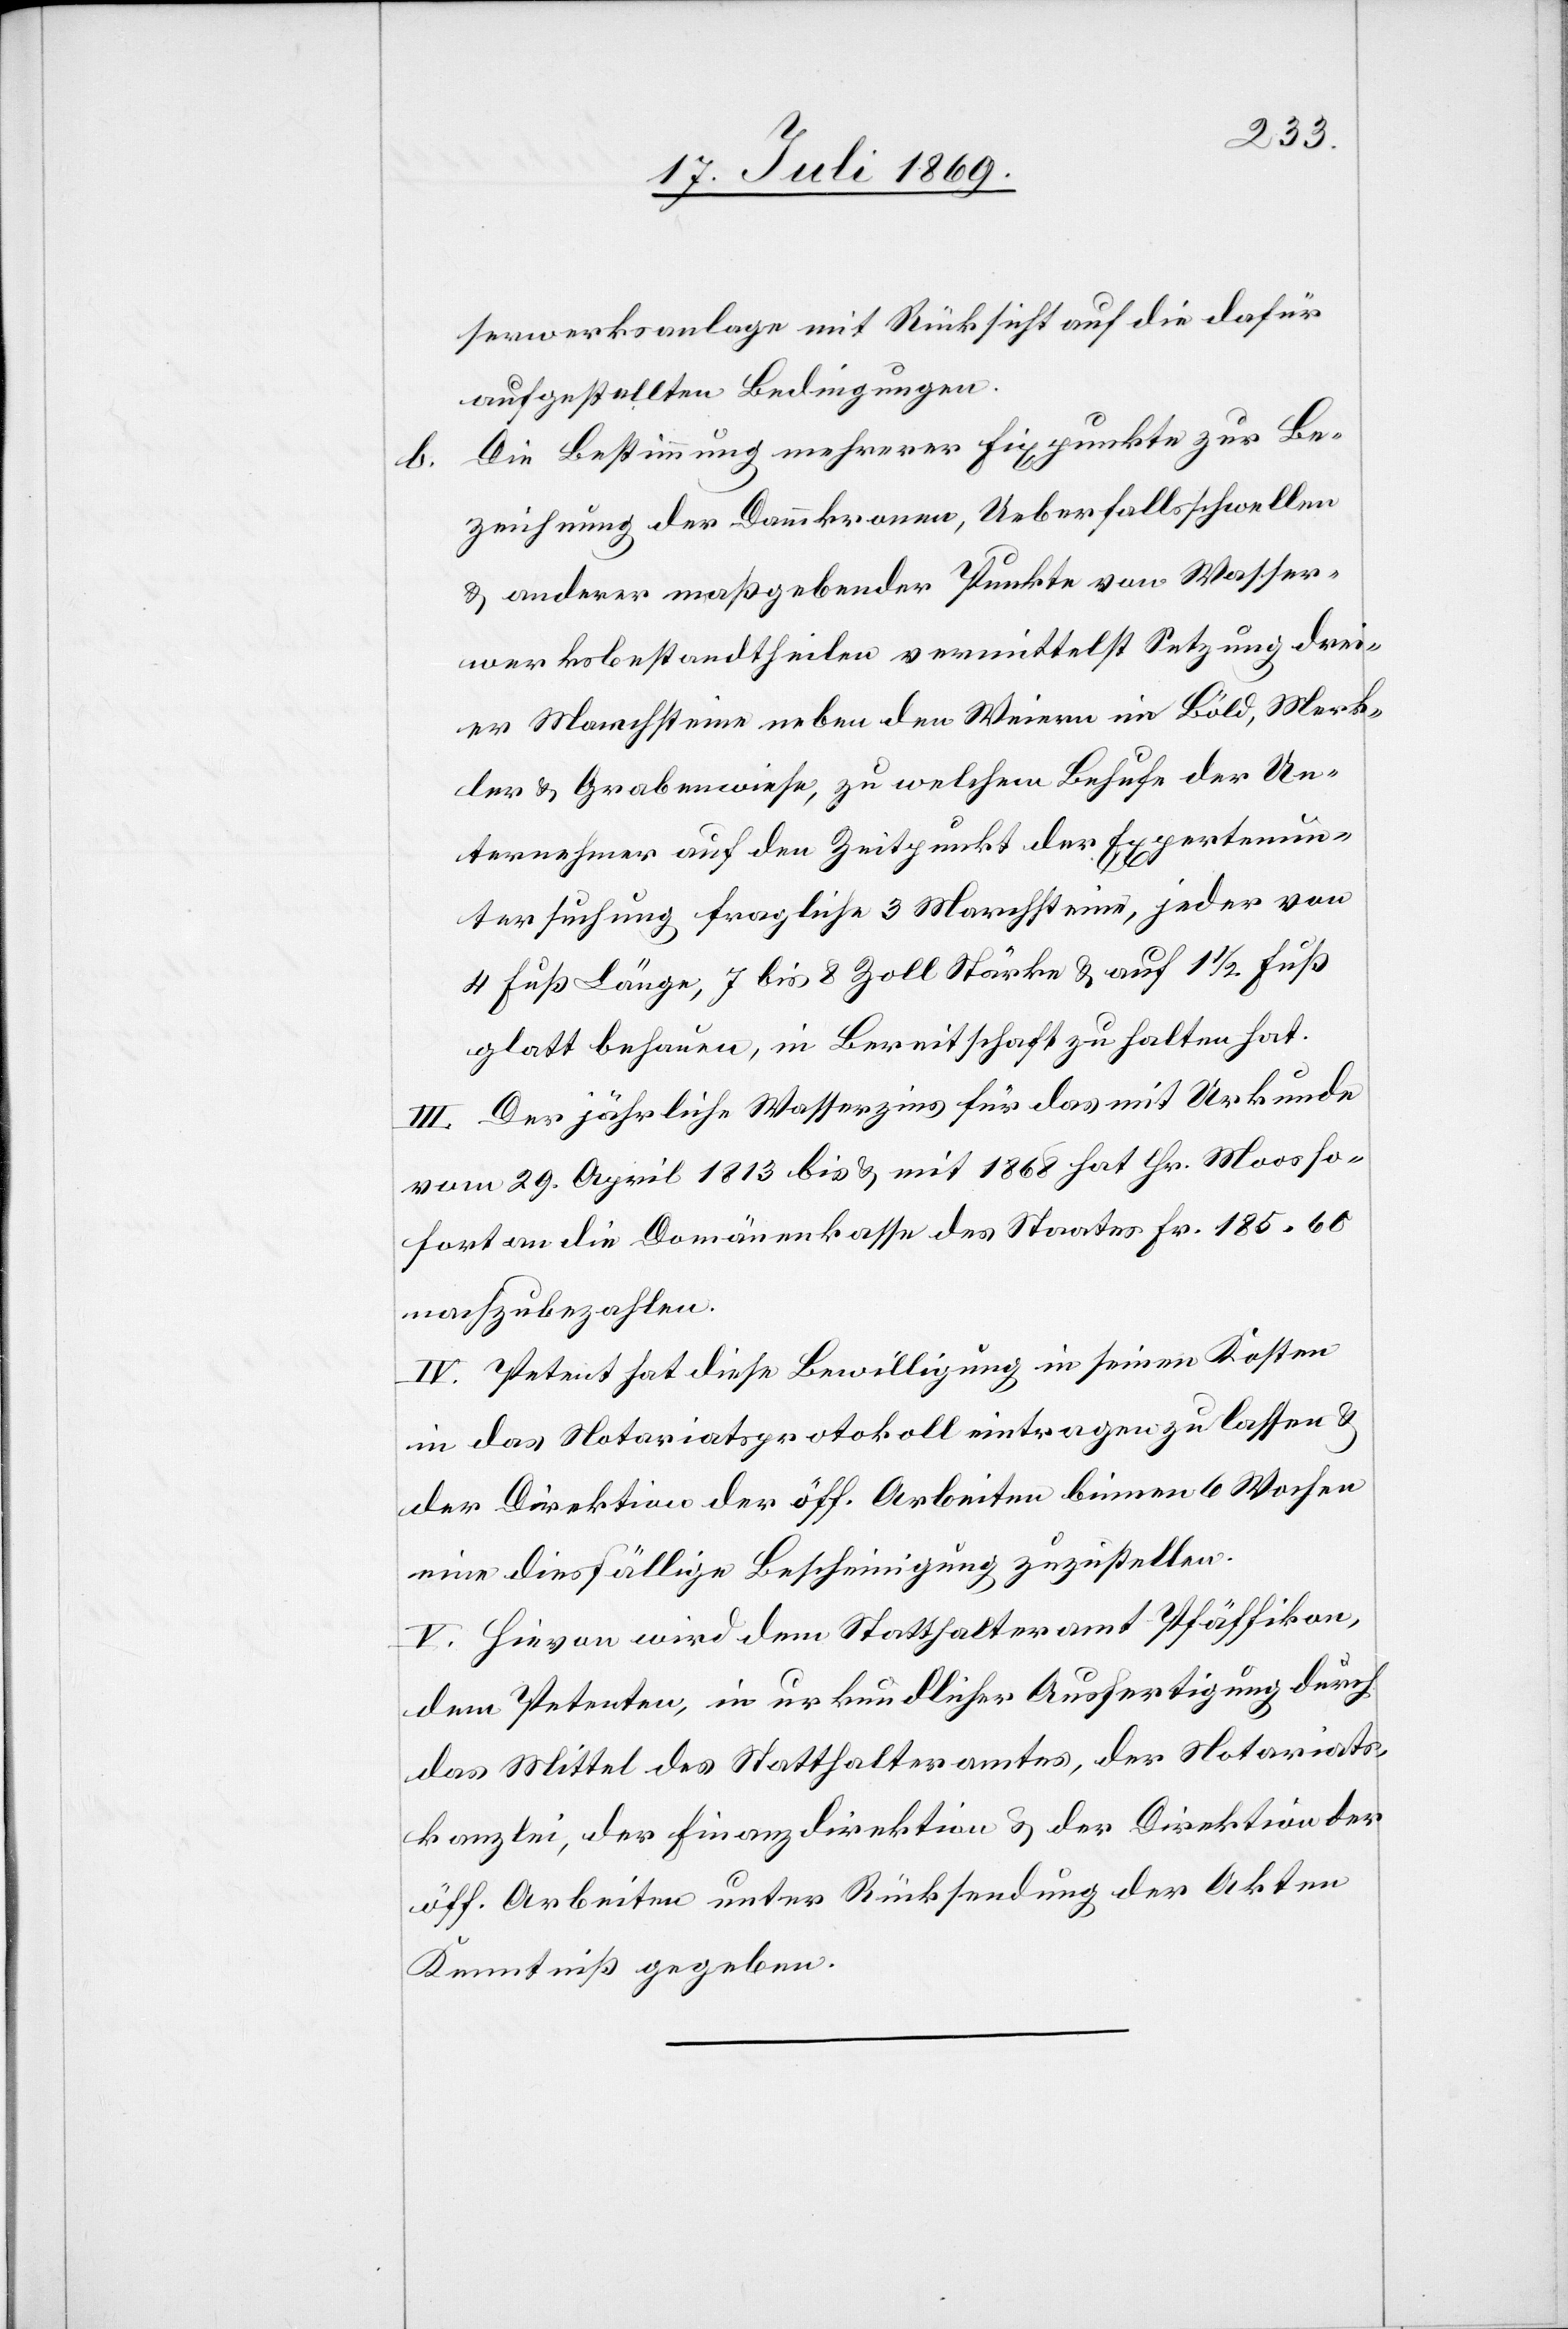
b.

serwerksanlage mit Rücksicht auf die dafür
aufgestellten Bedingungen.
Die Bestimmung mehrerer Fixpunkte zur Be¬
zeichnung der Dammkronen, Ueberfallsschwellen
u. anderer maßgebender Punkte von Wasser¬
werksbestandtheilen vermittelst Setzung drei¬
er Marchsteine neben den Weiern im Böld, Merk¬
ler u. Grabenwiese, zu welchem Behufe der Un¬
ternehmer auf den Zeitpunkt der Expertenun¬
tersuchung fraglicher 3 Marchsteine, jeder von
4 Fuß Länge, 7 bis 8 Zoll Stärke u. auf 1 1/2 Fuß
glatt behauen, in Bereitschaft zu halten hat.
Der jährliche Wasserzins für das mit Urkunde
vom 29. April 1813 bis u. mit 1868 hat Hr. Moos so¬
fort an die Domänenkasse des Staates Fr. 185.60
nachzubezahlen.
IV. Petent hat diese Bewilligung in seinen Kosten
in das Notariatsprotokoll eintragen zu lassen u.
der Direktion der öff. Arbeiten binnen 6 Wochen
eine diesfällige Bescheinigung zuzustellen.
V. Hievon wird dem Statthalteramt Pfäffikon,
dem Petenten, in urkundlicher Ausfertigung durch
das Mittel des Statthalteramtes, der Notariats¬
kanzlei, der Finanzdirektion u. der Direktion der
öff. Arbeiten unter Rücksendung der Akten
Kenntniß gegeben.